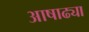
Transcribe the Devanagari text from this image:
आषाढ्या